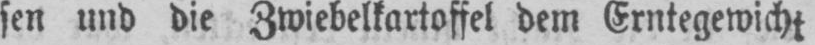
sen und die Zwiebelkartoffel dem Erntegewicht